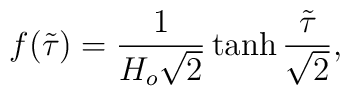
f(\tilde{\tau})=\frac{1}{H_o\sqrt{2}}\tanh\frac{\tilde{\tau}}{\sqrt{2}},